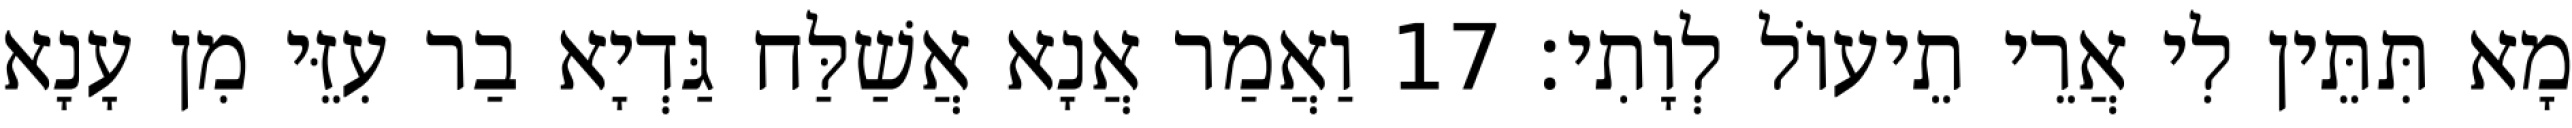
מָא תִּתֵּין לִי אֲרֵי תֵיעוֹל לְוָתִי׃ 17 וַאֲמַר אֲנָא אֲשַׁלַּח גַּדְיָא בַר עִזֵּי מִן עָנָא